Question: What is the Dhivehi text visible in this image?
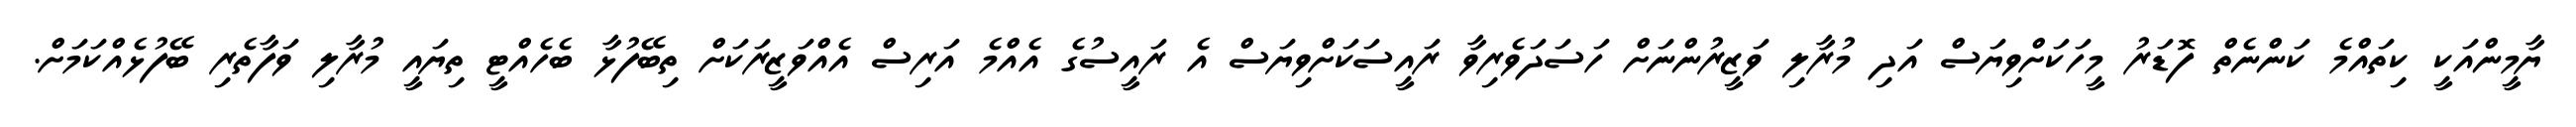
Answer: ޔާމީންއަކީ ކިތައްމެ ކަންނެތް ފޮޑަރު މީހަކަށްވިޔަސް އަދި މުރާލި ވަޒީރުންނަށް ހަސަދަވެރިވާ ރައީސަކަށްވިޔަސް އެ ރައީސުގެ އެއްމެ އަރިސް އެއްވަޒީރަކަށް ތިބޭފުޅާ ބެހެއްޓީ ތިޔައީ މުރާލި ވަފާތެރި ބޭފުޅެއްކަމަށް.